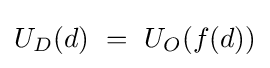
U_{D}(d)\ =\ U_{O}(f(d))